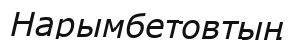
Нарымбетовтың